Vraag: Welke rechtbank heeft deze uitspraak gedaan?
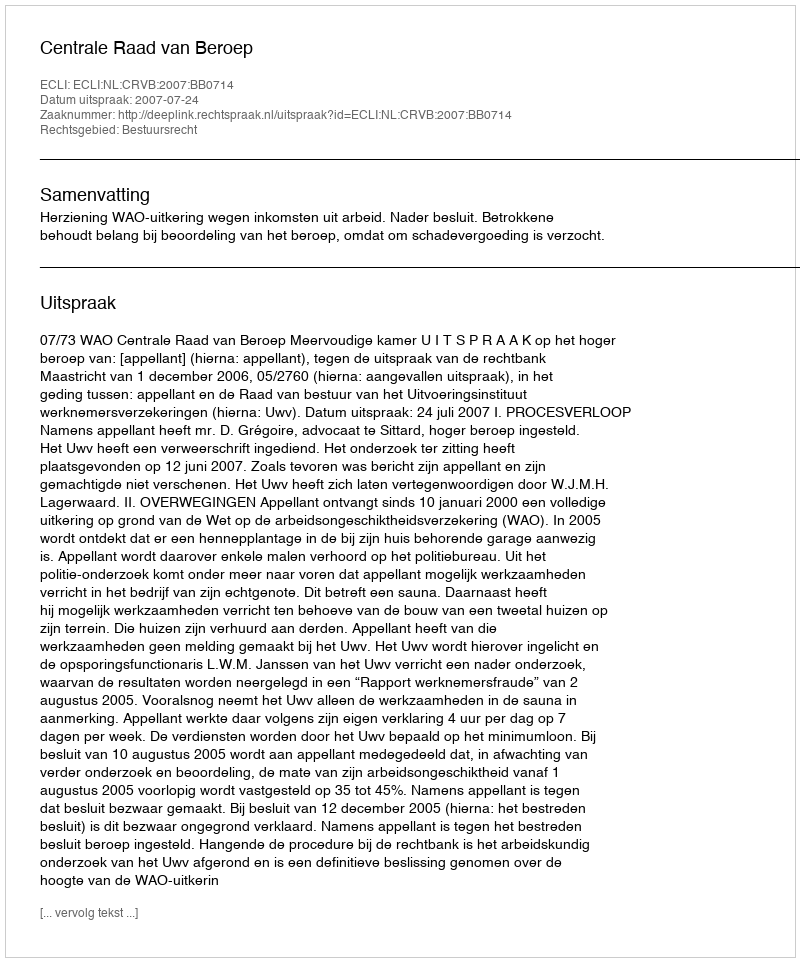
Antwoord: Centrale Raad van Beroep